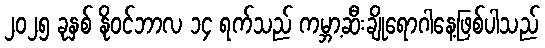
၂၀၂၅ ခုနှစ် နိုဝင်ဘာလ ၁၄ ရက်သည် ကမ္ဘာ့ဆီးချိုရောဂါနေ့ဖြစ်ပါသည်